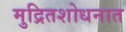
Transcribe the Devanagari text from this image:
मुद्रितशोधनात